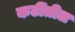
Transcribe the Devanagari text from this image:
कटींतील